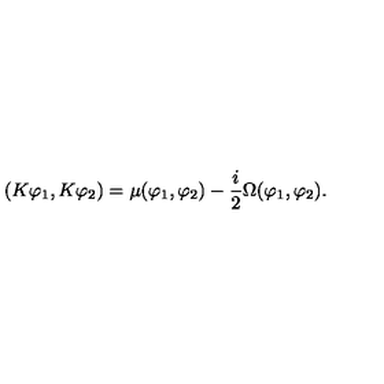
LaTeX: ( K \varphi _ { 1 } , K \varphi _ { 2 } ) = \mu ( \varphi _ { 1 } , \varphi _ { 2 } ) - { \frac { i } { 2 } } \Omega ( \varphi _ { 1 } , \varphi _ { 2 } ) .